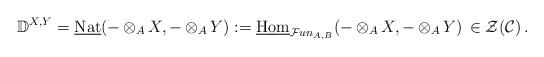
LaTeX: \begin{align*} \mathbb{D}^{X,Y} = \underline{\mathrm{Nat}}(-\,{\otimes_{A}}\,X,-\,{\otimes_{A}}\,Y) := \underline{\mathrm{Hom}}_{\mathcal Fun_{A,B}}(-\,{\otimes_{A}}\,X,-\,{\otimes_{A}}\,Y) \,\in \mathcal{Z}(\mathcal{C}) \,. \end{align*}